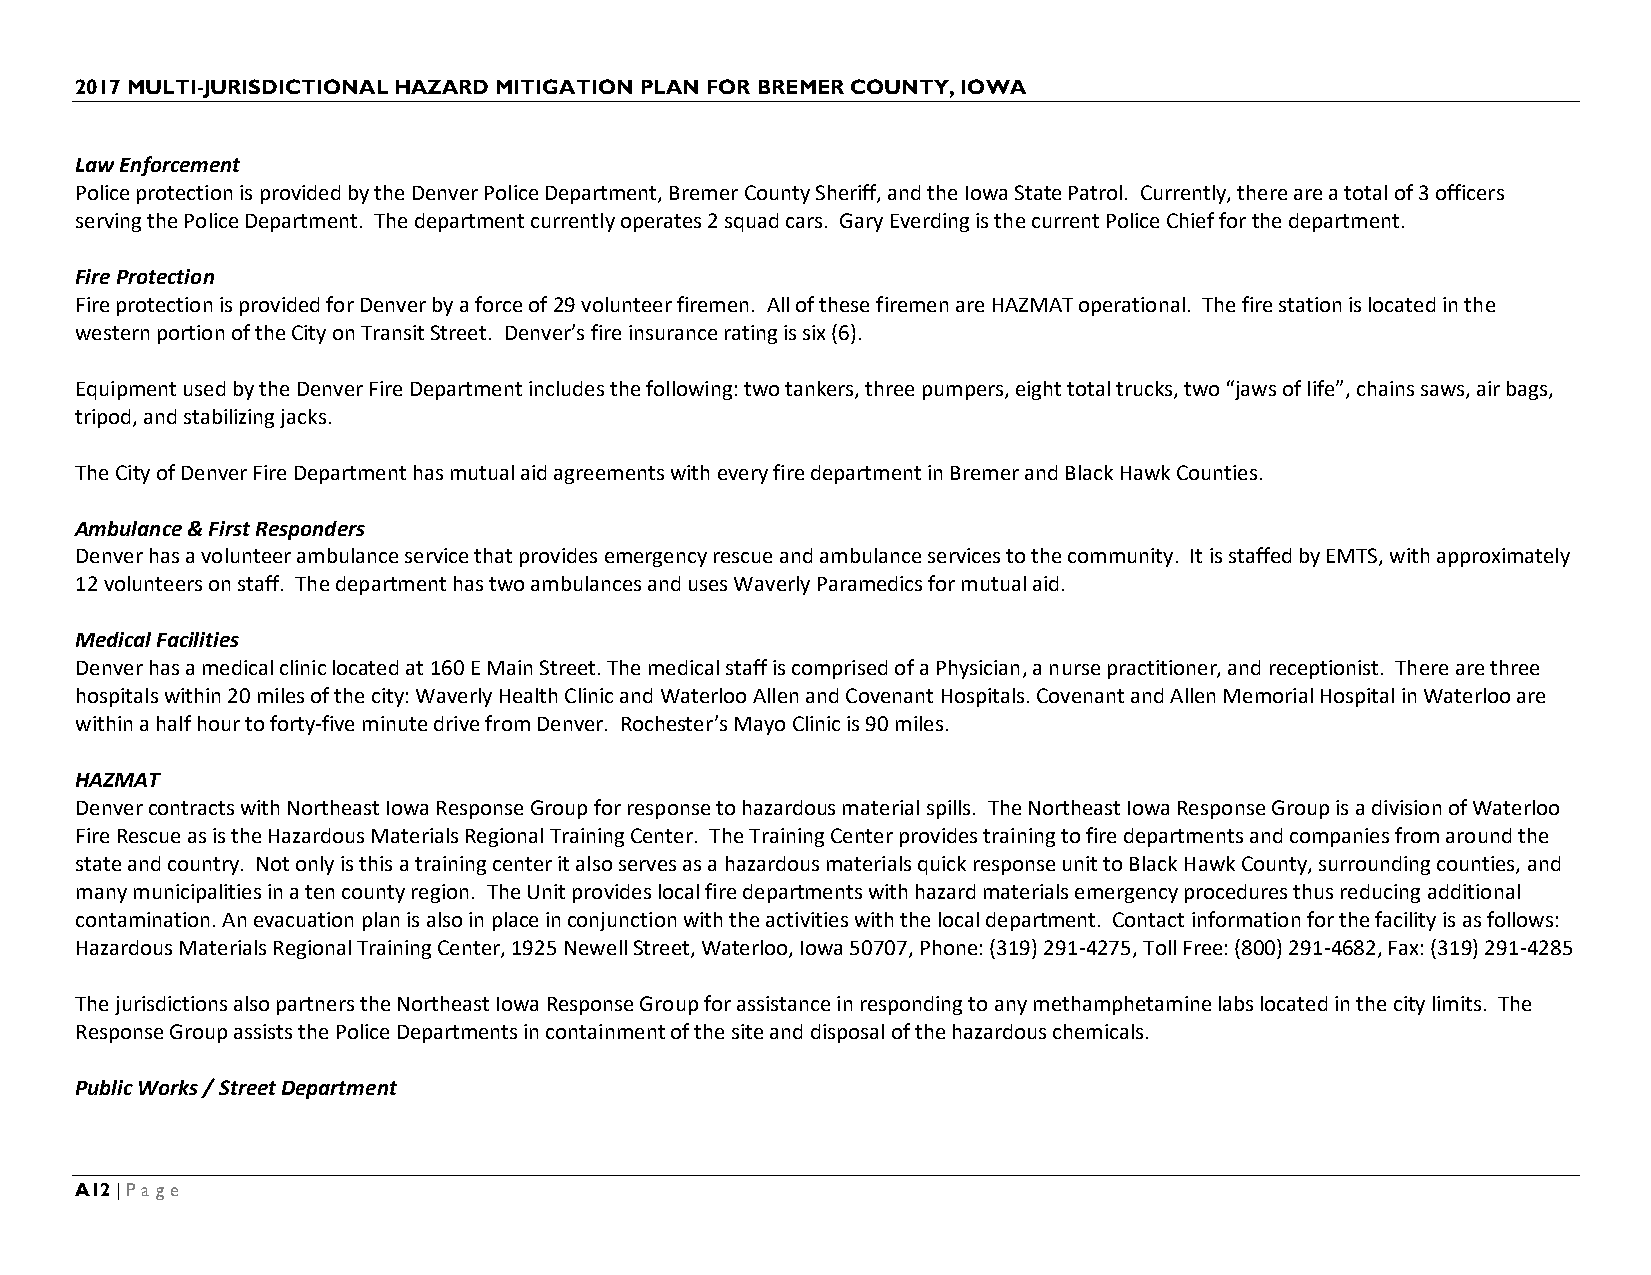
2017 MULTI-JURISDICTIONAL HAZARD MITIGATION PLAN FOR BREMER COUNTY, IOWA
 Law Enforcement
 Police protection is provided by the Denver Police Department, Bremer County Sheriff, and the Iowa State Patrol. Currently, there are a total of 3 officers
 serving the Police Department. The department currently operates 2 squad cars. Gary Everding is the current Police Chief for the department.
 Fire Protection
 Fire protection is provided for Denver by a force of 29 volunteer firemen. All of these firemen are HAZMAT operational. The fire station is located in the
 western portion of the City on Transit Street. Denver’s fire insurance rating is six (6).
 Equipment used by the Denver Fire Department includes the following: two tankers, three pumpers, eight total trucks, two “jaws of life”, chains saws, air bags,
 tripod, and stabilizing jacks.
 The City of Denver Fire Department has mutual aid agreements with every fire department in Bremer and Black Hawk Counties.
 Ambulance & First Responders
 Denver has a volunteer ambulance service that provides emergency rescue and ambulance services to the community. It is staffed by EMTS, with approximately
 12 volunteers on staff. The department has two ambulances and uses Waverly Paramedics for mutual aid.
 Medical Facilities
 Denver has a medical clinic located at 160 E Main Street. The medical staff is comprised of a Physician, a nurse practitioner, and receptionist. There are three
 hospitals within 20 miles of the city: Waverly Health Clinic and Waterloo Allen and Covenant Hospitals. Covenant and Allen Memorial Hospital in Waterloo are
 within a half hour to forty-five minute drive from Denver. Rochester’s Mayo Clinic is 90 miles.
 HAZMAT
 Denver contracts with Northeast Iowa Response Group for response to hazardous material spills. The Northeast Iowa Response Group is a division of Waterloo
 Fire Rescue as is the Hazardous Materials Regional Training Center. The Training Center provides training to fire departments and companies from around the
 state and country. Not only is this a training center it also serves as a hazardous materials quick response unit to Black Hawk County, surrounding counties, and
 many municipalities in a ten county region. The Unit provides local fire departments with hazard materials emergency procedures thus reducing additional
 contamination. An evacuation plan is also in place in conjunction with the activities with the local department. Contact information for the facility is as follows:
 Hazardous Materials Regional Training Center, 1925 Newell Street, Waterloo, Iowa 50707, Phone: (319) 291-4275, Toll Free: (800) 291-4682, Fax: (319) 291-4285
 The jurisdictions also partners the Northeast Iowa Response Group for assistance in responding to any methamphetamine labs located in the city limits. The
 Response Group assists the Police Departments in containment of the site and disposal of the hazardous chemicals.
 Public Works / Street Department
 A12 | Page